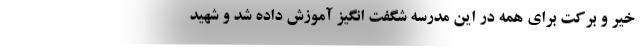
خیر و برکت برای همه در این مدرسه شگفت انگیز آموزش داده شد و شهید